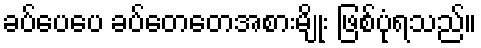
ခပ်ပေပေ ခပ်တေတေအစားမျိုး ဖြစ်ပုံရသည်။